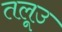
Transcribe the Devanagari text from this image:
तलूउ